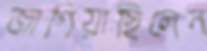
জাগিয়াছিলেন